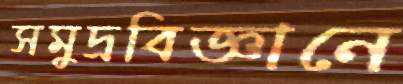
সমুদ্রবিজ্ঞানে